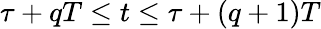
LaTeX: \tau+qT\leq t\leq\tau+(q+1)T